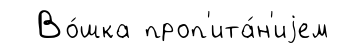
Во́шка проп'ита́н'иjем